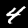
Digit: 4